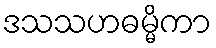
ဒသသဟဓမ္မိကာ